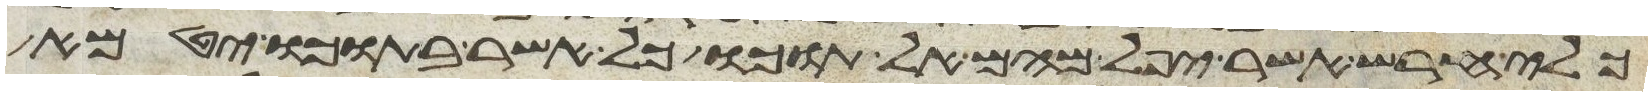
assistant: כלי חרש אשר יפל מהם אל תוכו כל אשר בתוכו יטמא